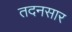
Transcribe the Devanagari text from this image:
तदनसार